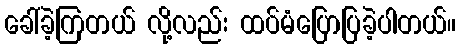
ခေါ်ခဲ့ကြတယ် လို့လည်း ထပ်မံပြောပြခဲ့ပါတယ်။